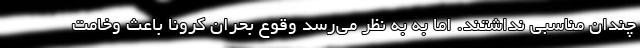
چندان مناسبی نداشتند. اما به به نظر می‌رسد وقوع بحران کرونا باعث وخامت